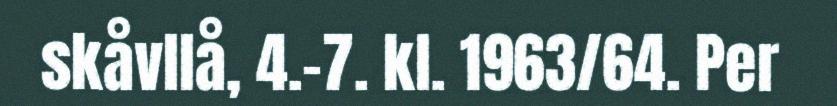
skåvllå, 4.-7. kl. 1963/64. Per